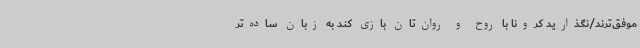
موفق‌ترند/نگذارید کرونا با روح و روان‌تان بازی کند به زبان ساده‌تر